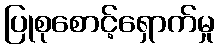
ပြုစုစောင့်ရှောက်မှု